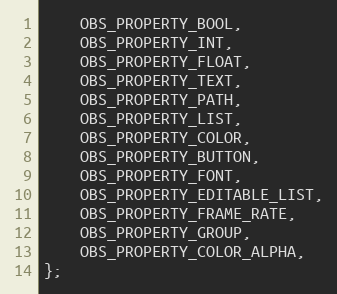
Language: C
	OBS_PROPERTY_BOOL,
	OBS_PROPERTY_INT,
	OBS_PROPERTY_FLOAT,
	OBS_PROPERTY_TEXT,
	OBS_PROPERTY_PATH,
	OBS_PROPERTY_LIST,
	OBS_PROPERTY_COLOR,
	OBS_PROPERTY_BUTTON,
	OBS_PROPERTY_FONT,
	OBS_PROPERTY_EDITABLE_LIST,
	OBS_PROPERTY_FRAME_RATE,
	OBS_PROPERTY_GROUP,
	OBS_PROPERTY_COLOR_ALPHA,
};